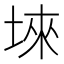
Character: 𱖹